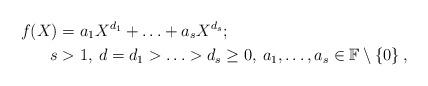
LaTeX: \begin{align*}f(X) & = a_1X^{d_1}+ \ldots +a_sX^{d_s}; \\s & >1, \: d=d_1> \ldots >d_s \geq 0, \: a_1, \ldots ,a_s \in \mathbb{F} \setminus \left\lbrace 0 \right\rbrace,\end{align*}